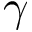
\gamma